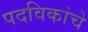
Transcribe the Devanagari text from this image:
पदविकांचे